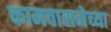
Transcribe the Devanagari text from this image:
कामवासनेच्या